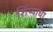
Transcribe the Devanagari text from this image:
शिंप्याचा